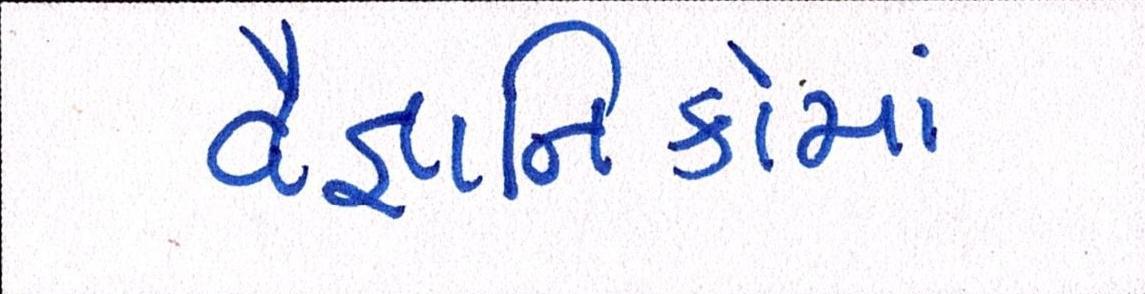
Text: વૈજ્ઞાાનિકોમાં